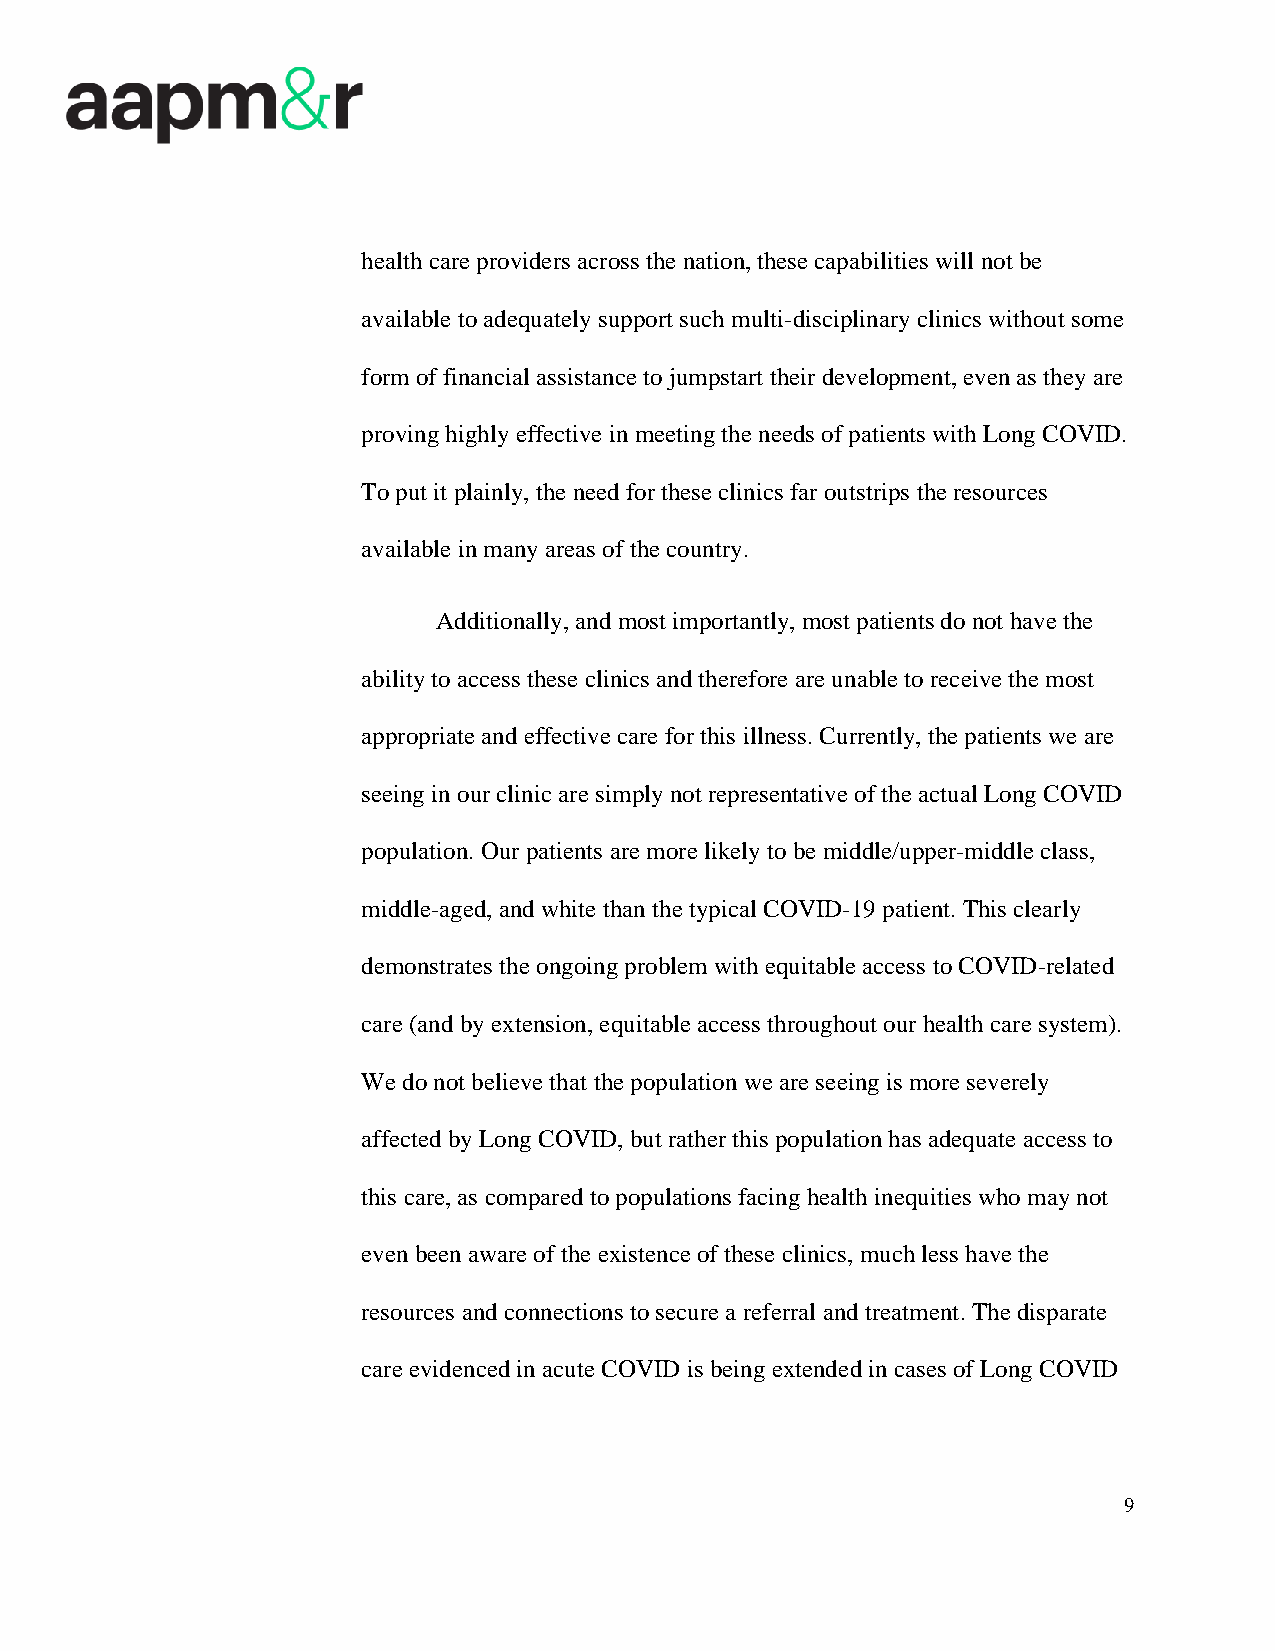
health care providers across the nation, these capabilities will not be
 available to adequately support such multi-disciplinary clinics without some
 form of financial assistance to jumpstart their development, even as they are
 proving highly effective in meeting the needs of patients with Long COVID.
 To put it plainly, the need for these clinics far outstrips the resources
 available in many areas of the country.
 Additionally, and most importantly, most patients do not have the
 ability to access these clinics and therefore are unable to receive the most
 appropriate and effective care for this illness. Currently, the patients we are
 seeing in our clinic are simply not representative of the actual Long COVID
 population. Our patients are more likely to be middle/upper-middle class,
 middle-aged, and white than the typical COVID-19 patient. This clearly
 demonstrates the ongoing problem with equitable access to COVID-related
 care (and by extension, equitable access throughout our health care system).
 We do not believe that the population we are seeing is more severely
 affected by Long COVID, but rather this population has adequate access to
 this care, as compared to populations facing health inequities who may not
 even been aware of the existence of these clinics, much less have the
 resources and connections to secure a referral and treatment. The disparate
 care evidenced in acute COVID is being extended in cases of Long COVID
 9